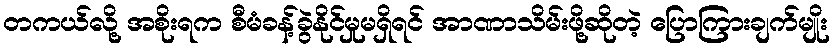
တကယ်လို့ အစိုးရက စီမံခန့်ခွဲနိုင်မှုမရှိရင် အာဏာသိမ်းဖို့ဆိုတဲ့ ပြောကြားချက်မျိုး